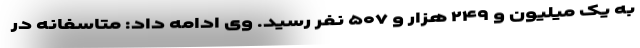
به یک میلیون و ۲۴۹ هزار و ۵۰۷ نفر رسید. وی ادامه داد: متاسفانه در